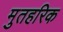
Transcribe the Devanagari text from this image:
मुतहरिक